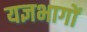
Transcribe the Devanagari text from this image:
यज्ञभागों